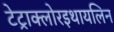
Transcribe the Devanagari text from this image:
टेट्राक्लोरइथायलिन